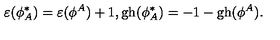
\varepsilon ( \phi _ { A } ^ { * } ) = \varepsilon ( \phi ^ { A } ) + 1 , \mathrm { g h } ( \phi _ { A } ^ { * } ) = - 1 - \mathrm { g h } ( \phi ^ { A } ) .